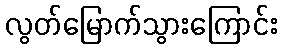
လွတ်မြောက်သွားကြောင်း